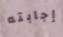
إجابته